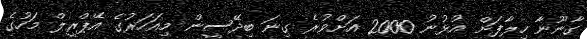
ގާނޫނާ ހިލާފަށް އުޅުނު 2000 އަށްވުރެ ގިނަ ބިދޭސީން މިއަހަރުގެ އޭޕްރީލް މަހުގެ